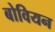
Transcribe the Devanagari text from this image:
बोवियन